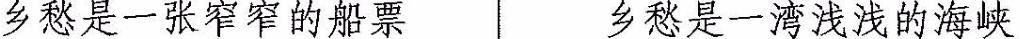
乡愁是一张窄窄的船票 乡愁是一湾浅浅的海峡